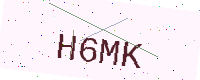
Text: H6MK